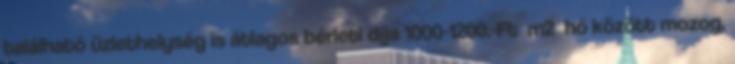
található üzlethelység is átlagos bérleti díja 1000-1200.-Ft m2 hó között mozog,